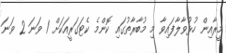
މީރާއިން ހުޅުވާލާފައިވާ މި މުބާރާތުގައި ކޮންމެ ކެޓަގަރީއަކަށް 1 ވަނަ 2 ވަނަ